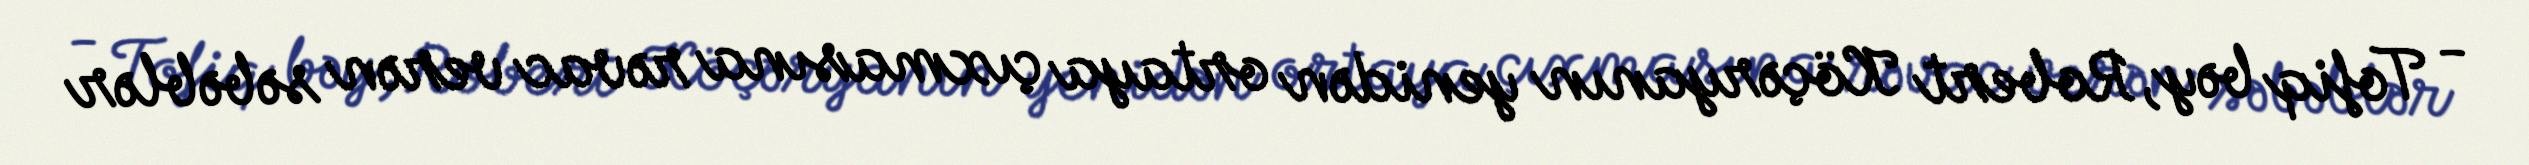
- Tofiq bəy, Robert Köçəryanın yenidən ortaya çıxmasına rəvac verən səbəblər